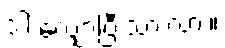
ဒါ လျှော့ပြီးသားလား။